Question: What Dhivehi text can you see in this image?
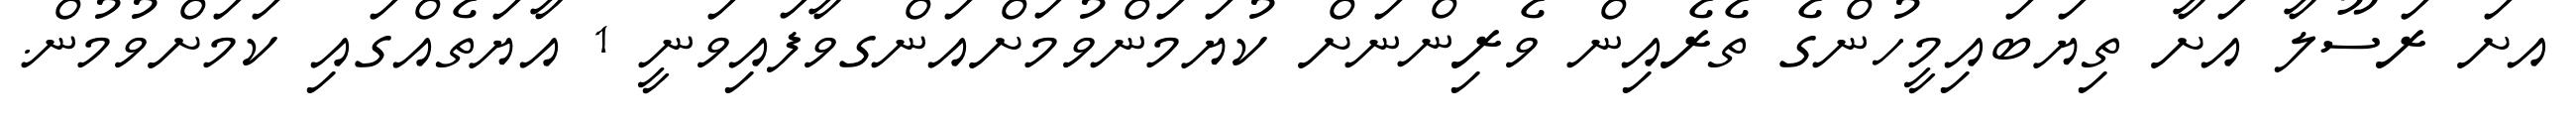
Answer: އށަ ރަސޫލާ އަށާ ތިޔަބައިމީހުންގެ ތެރެއިން ވެރިންނަށް ކުޔަމަންވުމަށްއަންގވާފައިވަނީ 1 އާޔަތެއްގައި ކަމަށްވުމުން.